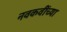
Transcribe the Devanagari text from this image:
नवकवींच्या